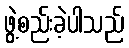
ဖွဲ့စည်းခဲ့ပါသည်